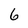
Character: 6